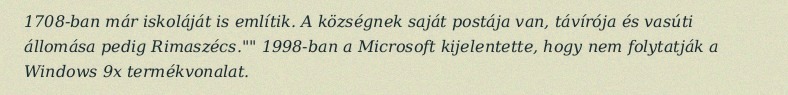
1708-ban már iskoláját is említik. A községnek saját postája van, távírója és vasúti állomása pedig Rimaszécs."" 1998-ban a Microsoft kijelentette, hogy nem folytatják a Windows 9x termékvonalat.